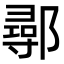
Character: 鄩